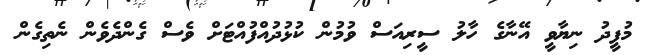
މުފީދު ނިޔާވީ އޭނާގެ ހާލު ސީރިއަސް ވުމުން ކުޅުދުއްފުއްޓަށް ވެސް ގެންދެވެން ނެތިގެން